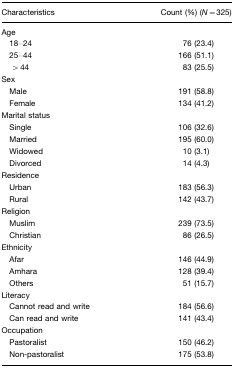
| Characteristics | Count (%) (N=325) |
 | --- | --- |
 | Age |  |
 | 18–24 | 76 (23.4) |
 | 25–44 | 166 (51.1) |
 | > 44 | 83 (25.5) |
 | Sex |  |
 | Male | 191 (58.8) |
 | Female | 134 (41.2) |
 | Marital status |  |
 | Single | 106 (32.6) |
 | Married | 195 (60.0) |
 | Widowed | 10 (3.1) |
 | Divorced | 14 (4.3) |
 | Residence |  |
 | Urban | 183 (56.3) |
 | Rural | 142 (43.7) |
 | Religion |  |
 | Muslim | 239 (73.5) |
 | Christian | 86 (26.5) |
 | Ethnicity |  |
 | Afar | 146 (44.9) |
 | Amhara | 128 (39.4) |
 | Others | 51 (15.7) |
 | Literacy |  |
 | Cannot read and write | 184 (56.6) |
 | Can read and write | 141 (43.4) |
 | Occupation |  |
 | Pastoralist | 150 (46.2) |
 | Non-pastoralist | 175 (53.8) |